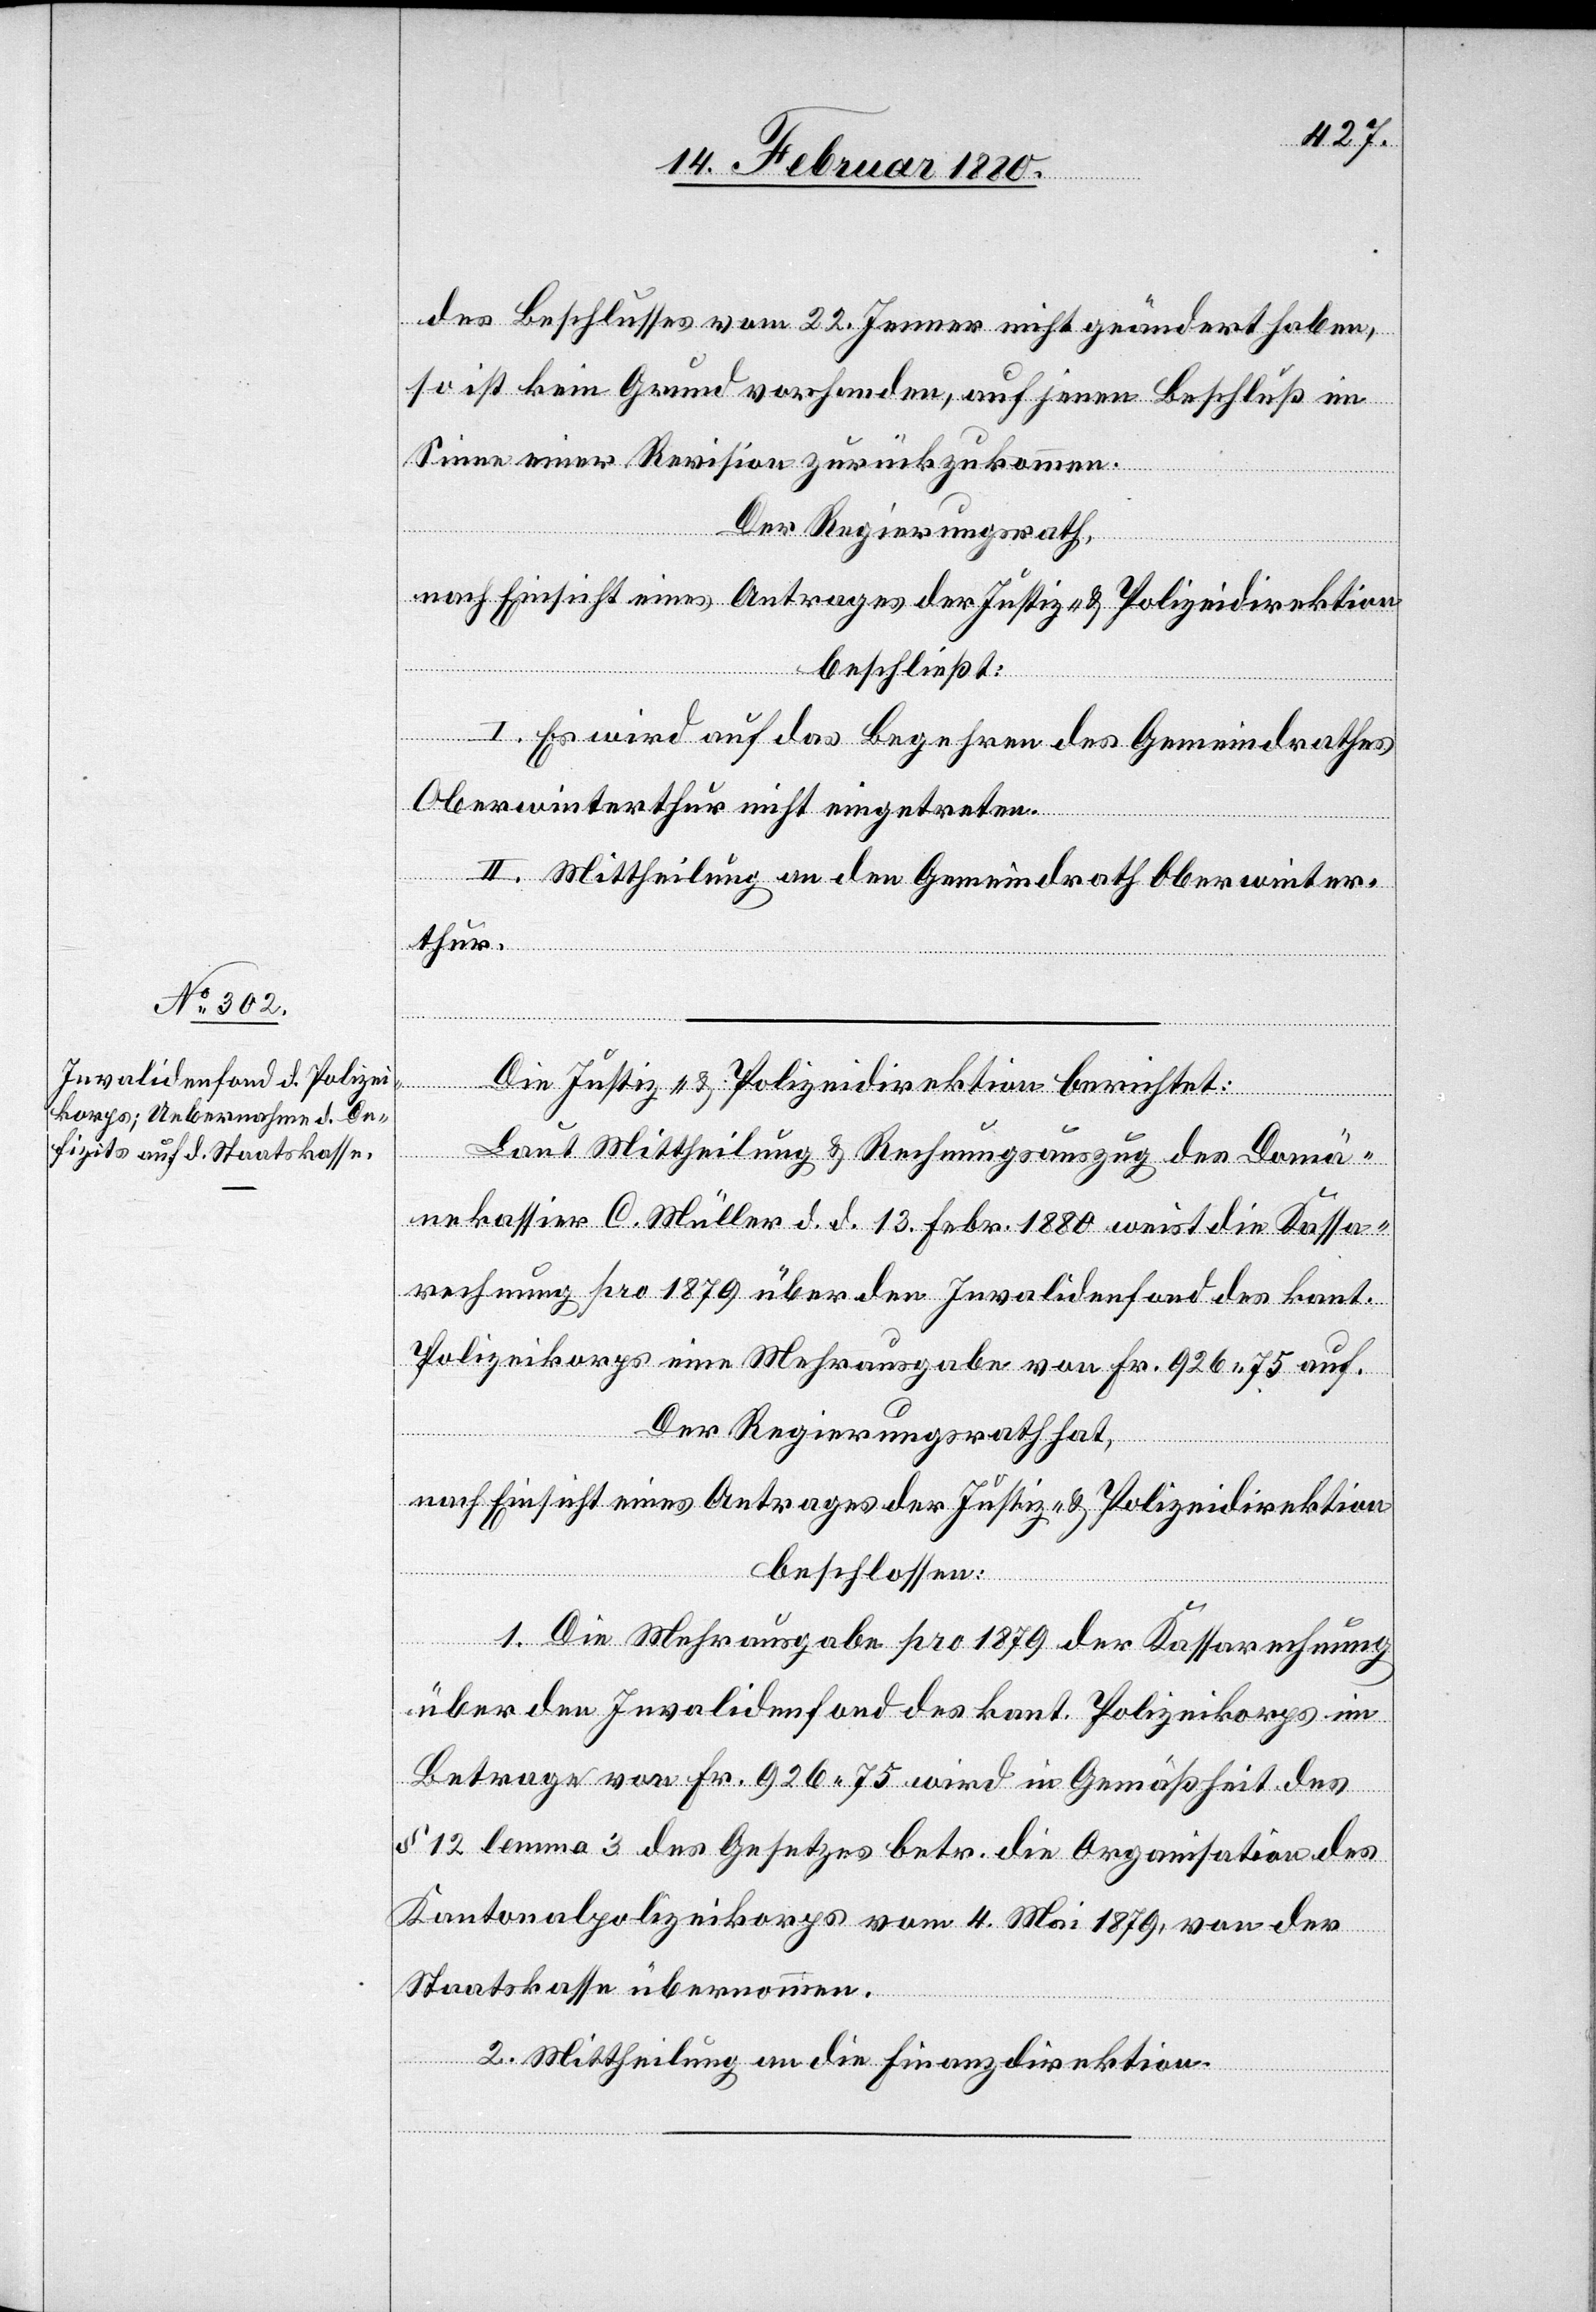
des Beschlusses vom 22. Jenner nicht geändert haben,
so ist kein Grund vorhanden, auf jenen Beschluß im
Sinne einer Revision zurückzukommen.
Der Regierungsrath,
nach Einsicht eines Antrages der Justiz- & Polizeidirektion,
beschließt:
I. Es wird auf das Begehren des Gemeindrathes
Oberwinterthur nicht eingetreten.
II. Mittheilung an den Gemeindrath Oberwinter¬
thur.
Die Justiz- & Polizeidirektion berichtet:
Laut Mittheilung & Rechnungsauszug des Domä¬
nenkassier C. Müller d. d. 13. Febr. 1880 weist die Kassa¬
rechnung pro 1879 über den Invalidenfond des kant.
Polizeikorps eine Mehrausgabe von Fr. 926 75 auf.
Der Regierungsrath hat,
nach Einsicht eines Antrages der Justiz- & Polizeidirektion,
beschlossen:
1. Die Mehrausgabe pro 1879 der Kassarechnung
über den Invalidenfond des kant. Polizeikorps im
Betrage von Fr. 926 75 wird in Gemäßheit des
§ 12 lemma 3 des Gesetzes betr. die Organisation des
Kantonalpolizeikorps vom 4. Mai 1879, von der
Staatskasse übernommen.
2. Mittheilung an die Finanzdirektion.